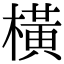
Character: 橫